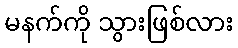
မနက်ကို သွားဖြစ်လား